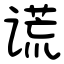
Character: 谎